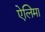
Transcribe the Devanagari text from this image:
ऐलिमा